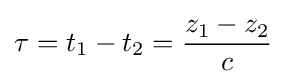
\tau =t_{1}-t_{2}={\frac {z_{1}-z_{2}}{c}}